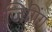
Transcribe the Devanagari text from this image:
जिगिंग